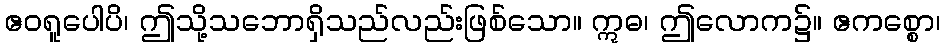
ဧဝရူပေါပိ၊ ဤသို့သဘောရှိသည်လည်းဖြစ်သော။ ဣဓ၊ ဤလောက၌။ ဧကစ္စော၊